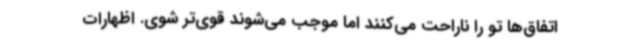
اتفاق‌ها تو را ناراحت می‌کنند اما موجب می‌شوند قوی‌تر شوی. اظهارات